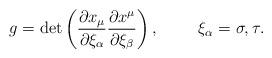
LaTeX: \begin{align*}g = \det\left( \frac{\partial x_{\mu}}{\partial \xi_{\alpha}} \frac{\partial x^{\mu}}{\partial \xi_{\beta}} \right),\hspace{10mm}\xi_{\alpha} = \sigma, \tau .\end{align*}